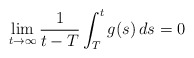
\begin{align*}\lim_{t\to\infty}\frac{1}{t-T}\int_T^tg(s)\,ds=0\end{align*}